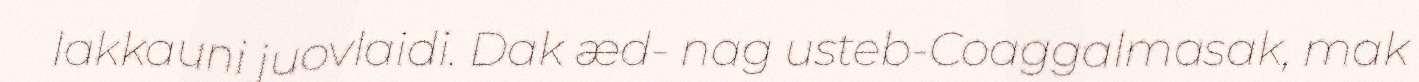
lakkauni juovlaidi. Dak æd- nag usteb-Coaggalmasak, mak